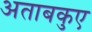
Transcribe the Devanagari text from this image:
अताबकुए